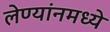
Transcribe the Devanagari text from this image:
लेण्यांनमध्ये